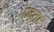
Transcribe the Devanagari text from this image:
भाद्ता